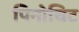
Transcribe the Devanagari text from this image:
पिनोचिट